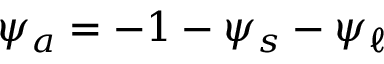
\psi _ { a } = - 1 - \psi _ { s } - \psi _ { \ell }